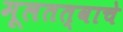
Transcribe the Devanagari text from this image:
मूलतत्वाचे